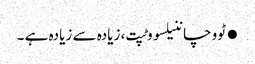
●ٹووچاننیلسووٹپت، زیادہ سے زیادہ ہے ۔